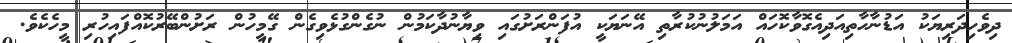
ދިވެހިދަރިޔަކު އަޑުނާހާތިއަދިއެގޮވާކޮހައް އަމަލުނުކުރާތި އޭނަޔަކީ އުފަންރަށުގައި ވިޔާނުދާކަމުން ނުގެންގުޅެވިގެން ގޭމީހުން ރަށުންބޭރުކޮއްފައިހުރި މީހެކެވެ.